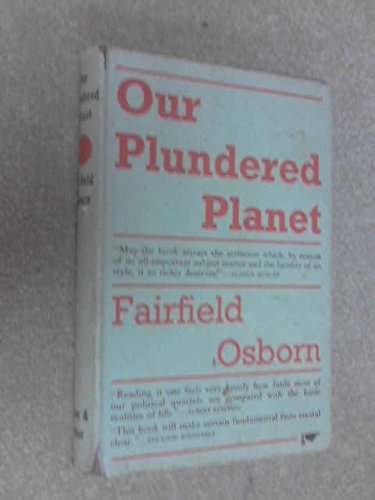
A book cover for Our Plundered Planet; Fairfield Osborn; Science & Math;